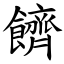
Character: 䭣